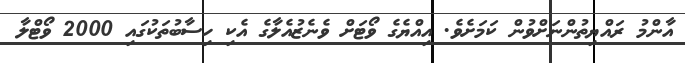
އާންމު ރައްޔިތުންނަށްވުން ކަމަށެވެ. އިއްޔެގެ ވޯޓަށް ވެނެޒުއެލާގެ އެކި ހިސާބުތަކުގައި 2000 ވޯޓްލާ